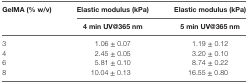
<table><thead><tr><td><b>GelMA (% w/v)</b></td><td><b>Elastic modulus (kPa)</b></td><td><b>Elastic modulus (kPa)</b></td></tr><tr><td></td><td><b>4 min UV@365 nm</b></td><td><b>5 min UV@365 nm</b></td></tr></thead><tbody><tr><td>3</td><td>1.06 ± 0.07</td><td>1.19 ± 0.12</td></tr><tr><td>4</td><td>2.45 ± 0.05</td><td>3.20 ± 0.10</td></tr><tr><td>6</td><td>5.81 ± 0.10</td><td>8.74 ± 0.22</td></tr><tr><td>8</td><td>10.04 ± 0.13</td><td>16.55 ± 0.80</td></tr></tbody></table>